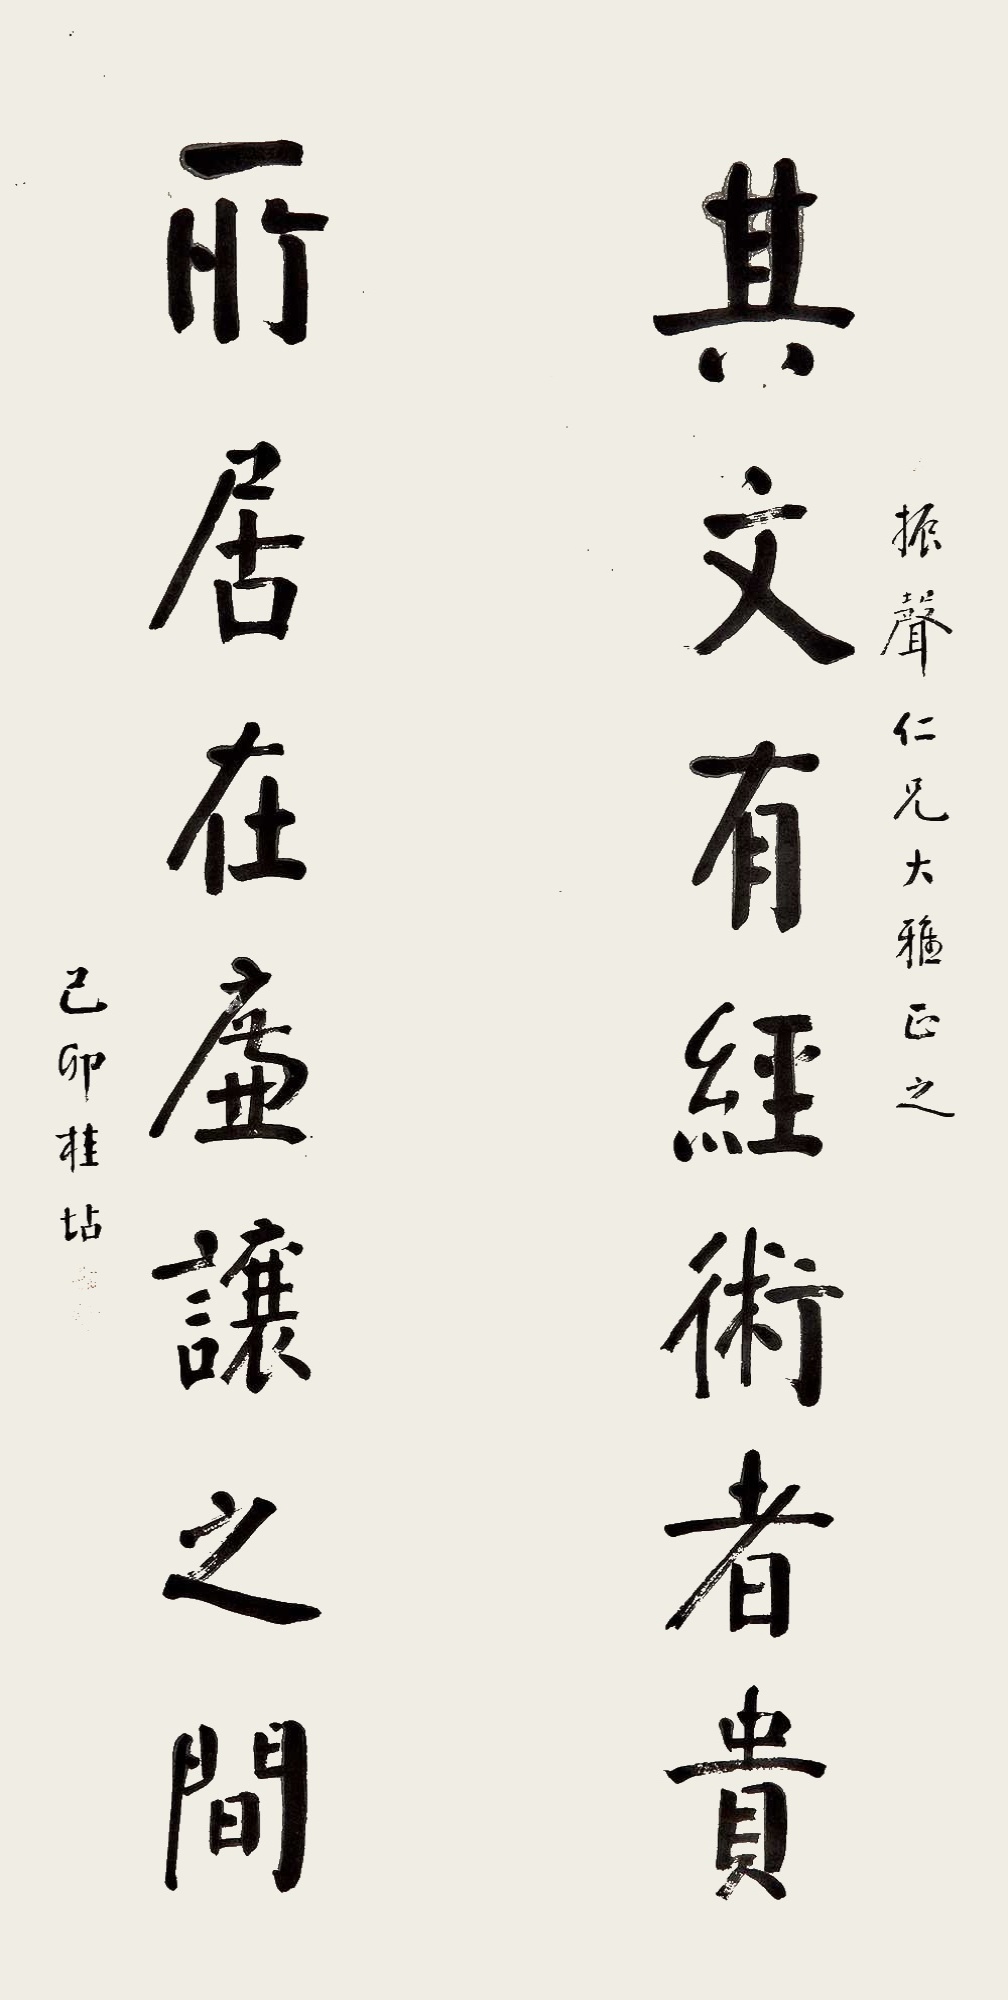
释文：振声仁兄大雅正之。其文有经术者贵，所居在廉让之间。己卯桂坫。